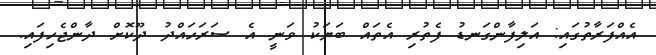
އެއްފަރާތުގައި: އަލިފާންގަނޑު ފެތުރި އެތައް ބަޔަކު ވަނީ އެ ސަރަހައްދު ދޫކޮށް ދާންޖެހިފައި.